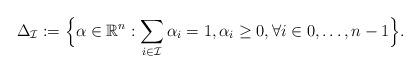
LaTeX: \begin{align*} \Delta_{{\mathcal{I}}} := \Big\{ {\alpha} \in \mathbb{R}^n: \sum\limits_{i\in\mathcal{I}} \alpha_i = 1, \alpha_i {}\geq{} 0, \forall i \in 0,\dots,n-1 \Big\}.\end{align*}